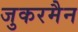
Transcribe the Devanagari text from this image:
जुकरमैन